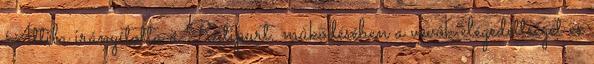
Attila irányította a Ratipurt, mûködésében a vevôk elégedettségét és